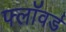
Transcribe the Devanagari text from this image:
फ्लॉवर्ड